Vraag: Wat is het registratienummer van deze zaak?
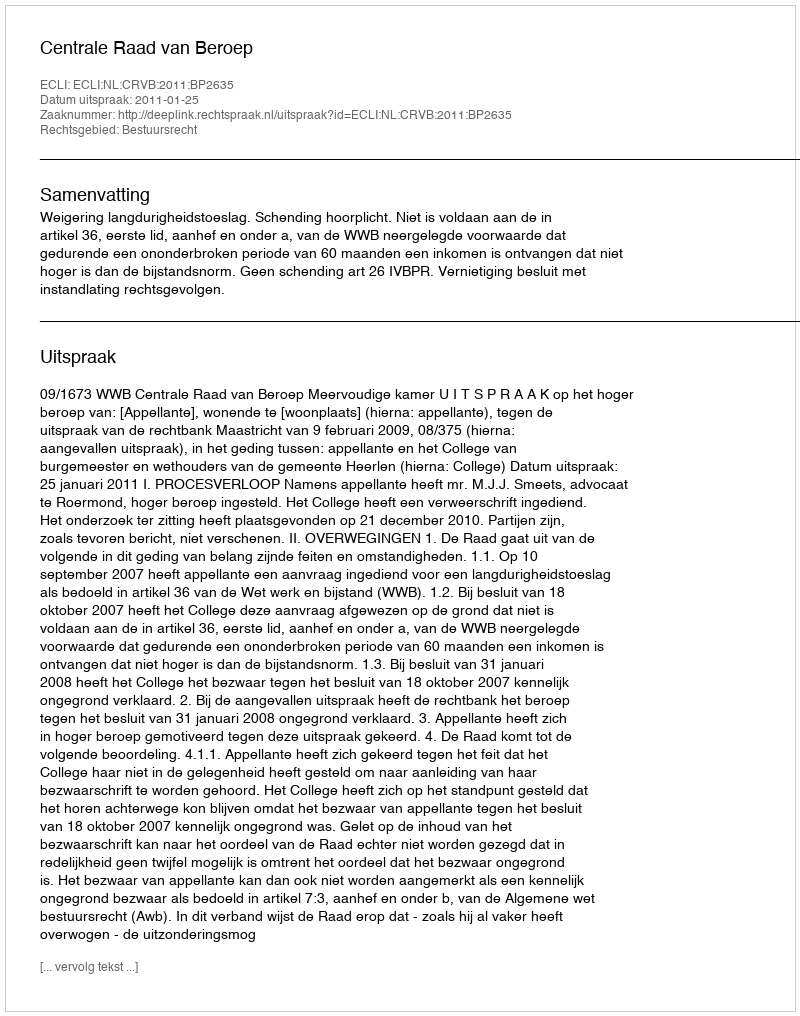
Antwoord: http://deeplink.rechtspraak.nl/uitspraak?id=ECLI:NL:CRVB:2011:BP2635